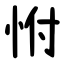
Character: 㤔